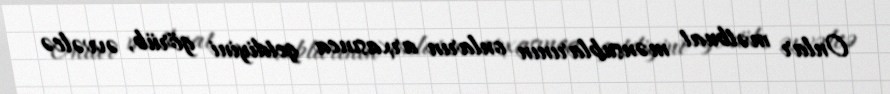
Onlar mətbuat mənsublarının onların arxasınca getdiyini görüb, əvvəlcə